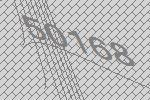
50168